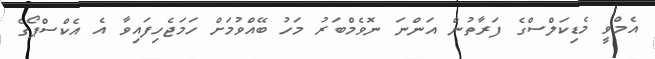
އެމްވީ މެޑިކަލްސްގެ ފަރާތުން އަންނަ ނޮވެމްބަރު މަހު ބޭއްވުމަށް ހަމަޖެހިފައިވާ އެ އެކްސްޕޯގެ